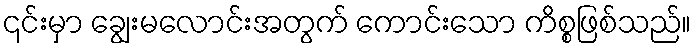
၎င်းမှာ ချွေးမလောင်းအတွက် ကောင်းသော ကိစ္စဖြစ်သည်။